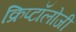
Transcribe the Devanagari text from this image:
क्रिप्टॉलोजी